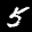
Label: 5